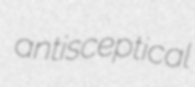
antisceptical